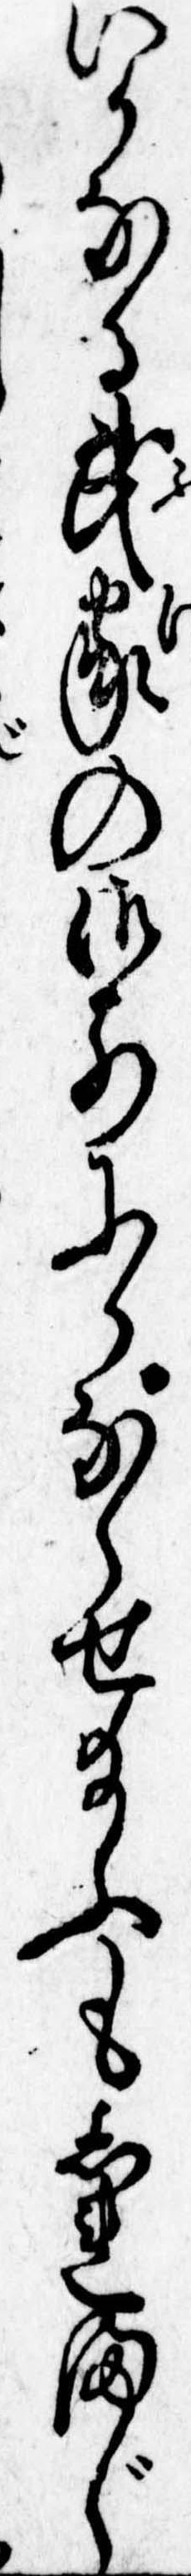
いかなる武家の御前にかならせ給ふもしれまじ